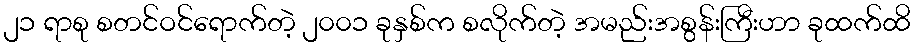
၂၁ ရာစု စတင်ဝင်ရောက်တဲ့ ၂၀၀၁ ခုနှစ်က စလိုက်တဲ့ အမည်းအစွန်းကြီးဟာ ခုထက်ထိ